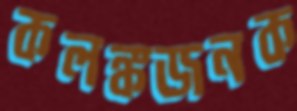
কলঙ্কজনক